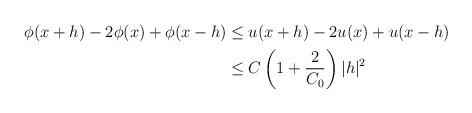
LaTeX: \begin{align*}\begin{aligned} \phi(x+h)-2\phi(x)+\phi(x-h) &\leq u(x+h)-2u(x)+u(x-h)\\ & \leq C \left(1+\frac{2}{C_0}\right) |h|^2\end{aligned}\end{align*}